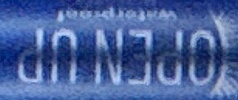
OPEN UP